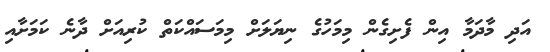
އަދި މާދަމާ އިން ފެށިގެން މިމަހުގެ ނިޔަލަށް މިމަސައްކަތް ކުރިއަށް ދާނެ ކަމަށާއި